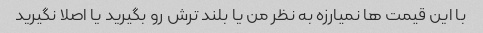
با این قیمت ها نمیارزه به نظر من یا بلند ترش رو بگیرید یا اصلا نگیرید